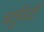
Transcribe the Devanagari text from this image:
चर्तुवेदी